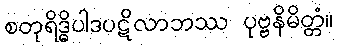
စတုရိဒ္ဓိပါဒပဋိလာဘဿ ပုဗ္ဗနိမိတ္တံ။